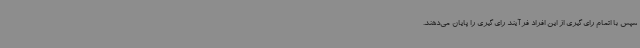
سپس با اتمام رای‌گیری از این افراد فرآیند رای‌گیری را پایان می‌دهند.